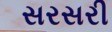
સરસરી